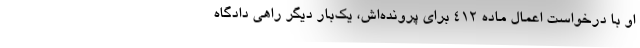
او با درخواست اعمال ماده 412 برای پرونده‌اش، یک‌بار دیگر راهی دادگاه